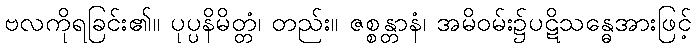
ဗလကိုရခြင်း၏။ ပုပ္ပနိမိတ္တံ၊ တည်း။ ဇစ္စန္တာနံ၊ အမိဝမ်း၌ပဋိသန္ဓေအားဖြင့်